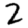
Digit: 2